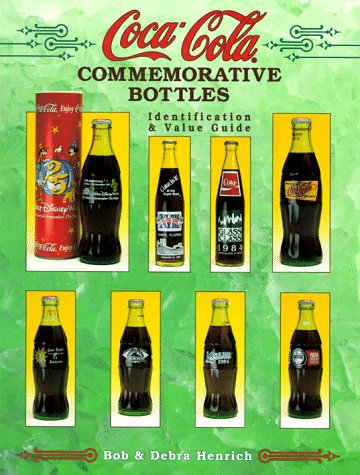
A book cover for Coca-Cola Commemorative Bottles: Identification & Value Guide; Bob Henrich; Crafts, Hobbies & Home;